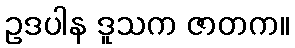
ဥဒပါန ဒူသက ဇာတက။